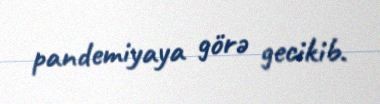
pandemiyaya görə gecikib.